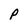
Character: P